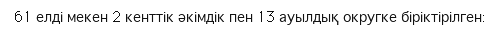
61 елді мекен 2 кенттік әкімдік пен 13 ауылдық округке біріктірілген: